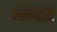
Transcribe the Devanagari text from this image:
जगाए